Newspaper: The southern sentinel.
Place of publication: Winnfield, La.
Publisher: Winnfield Pub. Co.
Date: 1885-10-30 00:00:00
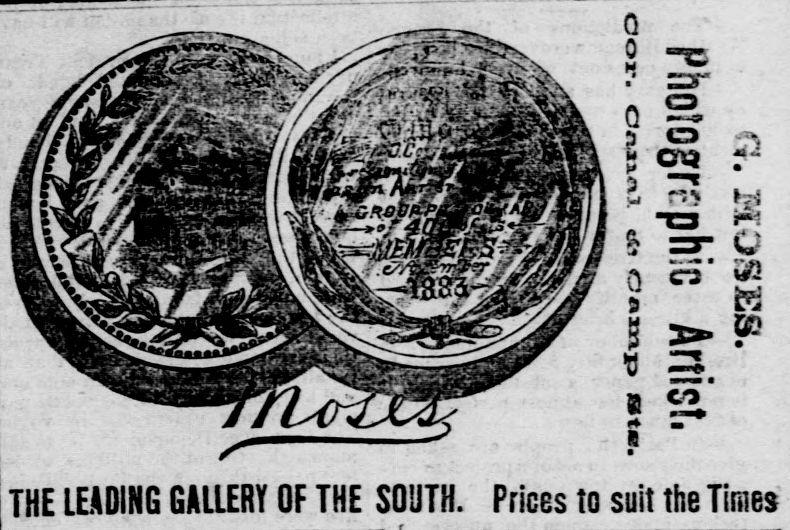
Advertisement text (OCR):
T Q ,A e TOe I~ -q THE LEADING GALLERY OF THE SOUTH. Prices to suit the Times
Label: illustrations